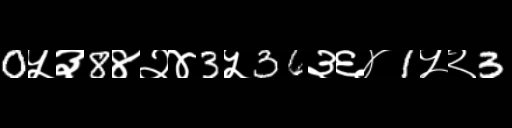
Text: 0५३8४२४3५36३६४1५२3